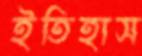
ইতিহাস